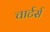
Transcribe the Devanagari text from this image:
चार्टर्स